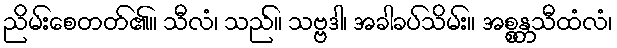
ညိမ်းစေတတ်၏။ သီလံ၊ သည်။ သဗ္ဗဒါ၊ အခါခပ်သိမ်း။ အစ္စန္တသီထံလံ၊